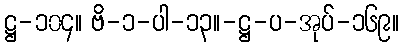
ဋ္ဌ-၁၀၄။ ဗိ-၁-ပါ-၁၃။-ဋ္ဌ-ပ-အုပ်-၁၆၉။